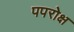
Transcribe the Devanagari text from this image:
पपरोक्ष